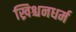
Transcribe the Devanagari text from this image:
ख्रिश्चनधर्म